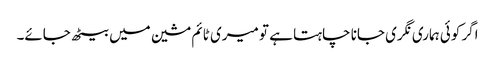
اگر کوئی ہماری نگری جانا چاہتا ہے تو میری ٹائم مشین میں بیٹھ جائے۔